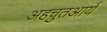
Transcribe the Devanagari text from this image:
अहचुतआर्य